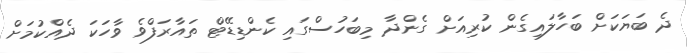
ދެ ބަޔަކަށް ބަހާލައިގެން ކުރިއަށް ގެންދާ މިބަހުސްގައި ކެންޑިޑޭޓް ތައާރަފްވެ ވާހަކަ ދެއްކުމަށް